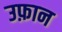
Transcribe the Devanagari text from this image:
उफ़ान